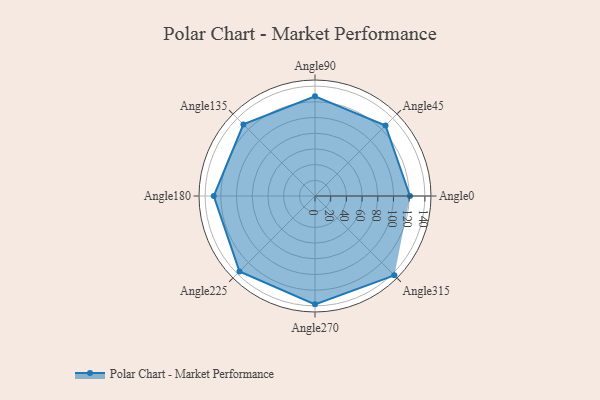
{"axis": {"x": "Angle", "y": "Radius"}, "legend": [""], "data": [{"x": "Angle0", "y": 121.0, "type": ""}, {"x": "Angle45", "y": 127.0, "type": ""}, {"x": "Angle90", "y": 127.0, "type": ""}, {"x": "Angle135", "y": 129.0, "type": ""}, {"x": "Angle180", "y": 129.0, "type": ""}, {"x": "Angle225", "y": 136.0, "type": ""}, {"x": "Angle270", "y": 138.0, "type": ""}, {"x": "Angle315", "y": 143.0, "type": ""}]}